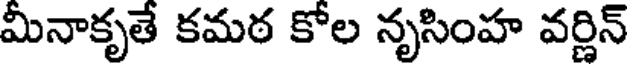
మీనాకృతే కమఠ కోల నృసింహ వర్ణిన్